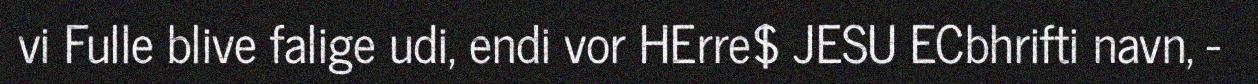
vi Fulle blive falige udi, endi vor HErre$ JESU ECbhrifti navn, -